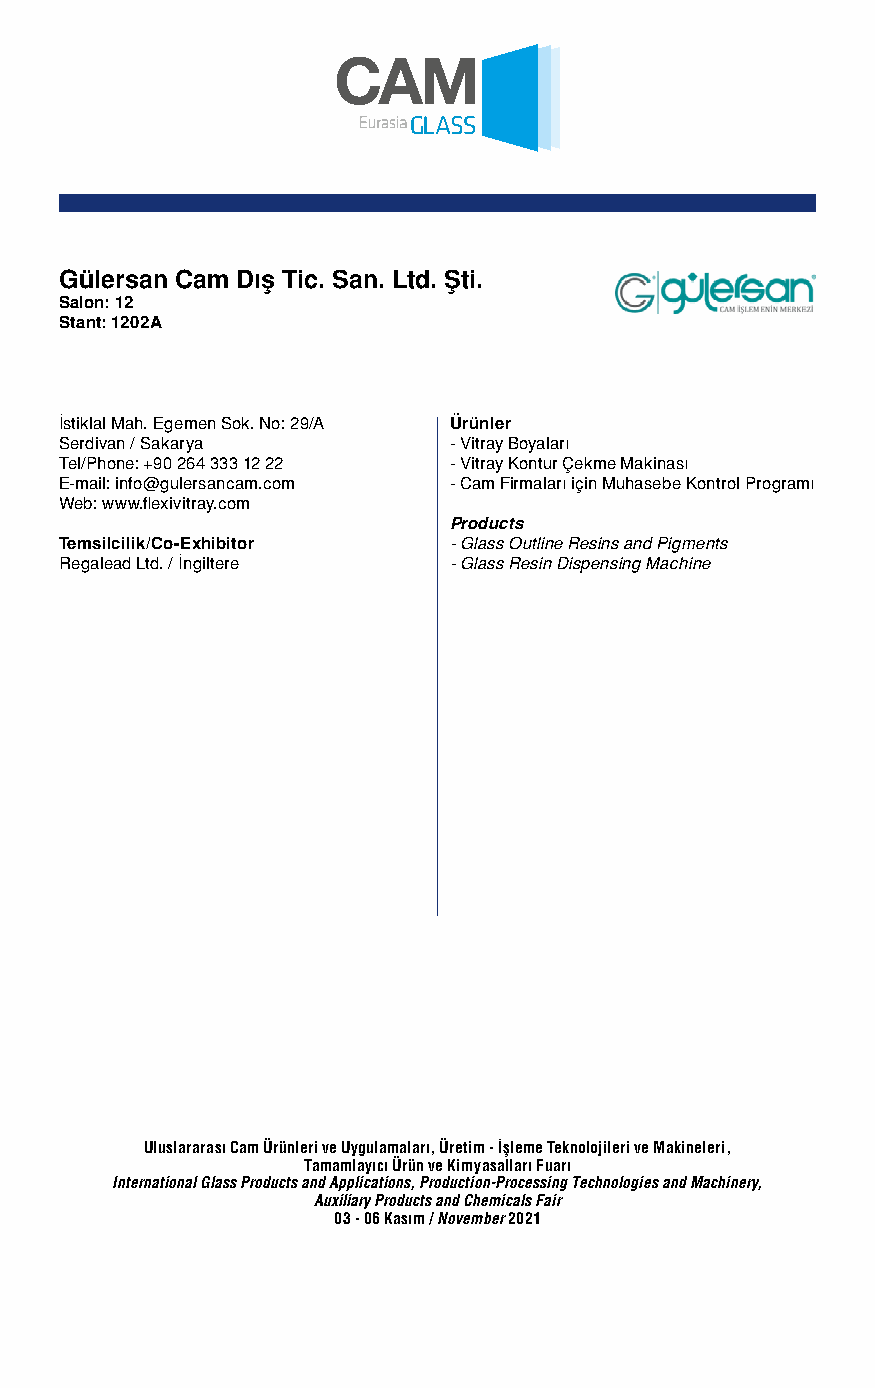
Gülersan Cam Dış Tic. San. Ltd. Şti.
 Salon: 12
 Stant: 1202A
 İstiklal Mah. Egemen Sok. No: 29/A Ürünler
 Serdivan / Sakarya        - Vitray Boyaları
 Tel/Phone: +90 264 333 12 22 - Vitray Kontur Çekme Makinası
 E-mail: info@gulersancam.com - Cam Firmaları için Muhasebe Kontrol Programı
 Web: www.flexivitray.com
 Products
 Temsilcilik/Co-Exhibitor  - Glass Outline Resins and Pigments
 Regalead Ltd. / İngiltere - Glass Resin Dispensing Machine
 Uluslararası Cam Ürünleri ve Uygulamaları, Üretim - İşleme Teknolojileri ve Makineleri,
 Tamamlayıcı Ürün ve Kimyasalları Fuarı
 International Glass Products and Applications, Production-Processing Technologies and Machinery,
 Auxiliary Products and Chemicals Fair
 03 - 06 Kasım / November 2021